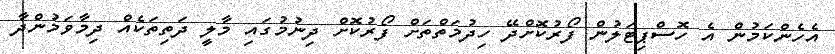
އެހެންކަމުން އެ ހޮސްޕިޓަލުން ފޯރުކޮށްދޭ ހިދުމަތްތަށް ފޯރުކޮށް ދިނުމުގައި މާލީ ދަތިތަކެއް ދިމާވަމުންދާ